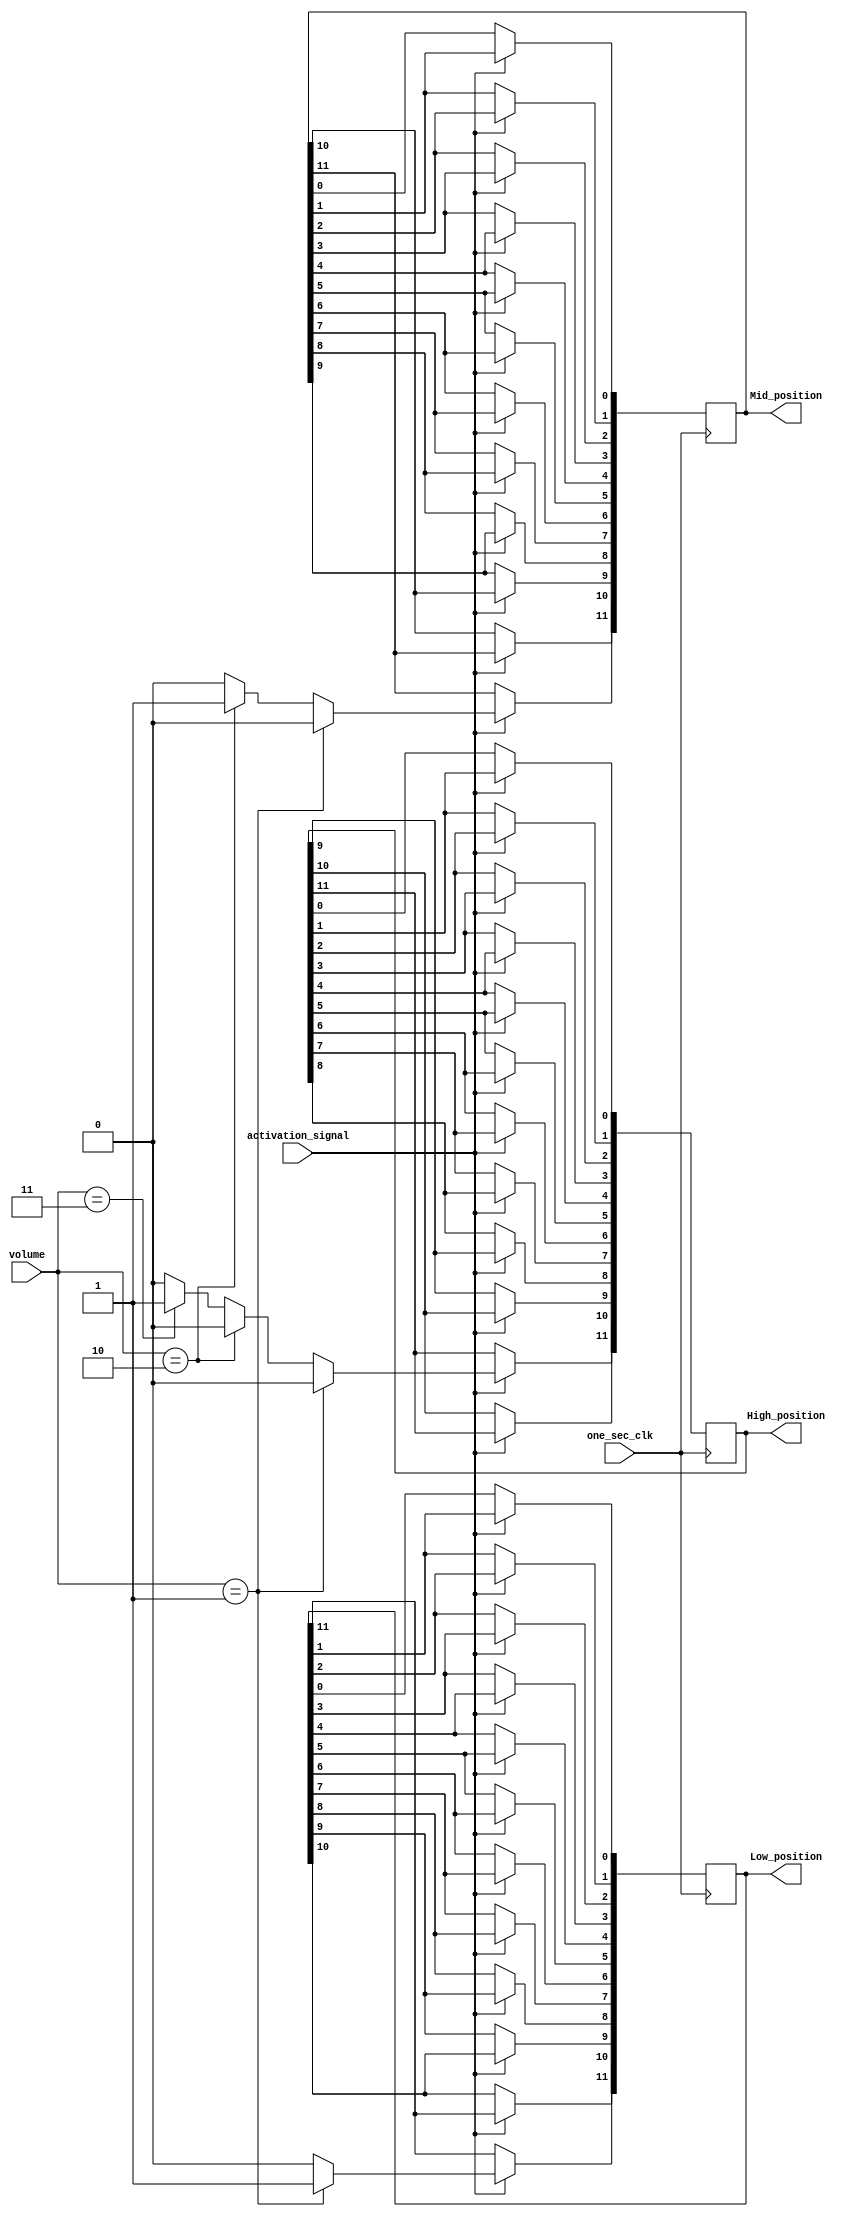
`timescale 1ns / 1ps
//////////////////////////////////////////////////////////////////////////////////
// Company: 
// Engineer: 
// 
// Design Name: 
// Module Name: game_best_logic
// Project Name: 
// Target Devices: 
// Tool Versions: 
// Description: 
// 
// Dependencies: 
// 
// Revision:
// Revision 0.01 - File Created
// Additional Comments:
// 
//////////////////////////////////////////////////////////////////////////////////


module game_best_logic(
    input one_sec_clk,
    input activation_signal,
    input [5:0] volume,
    output reg [11:0] High_position,
    output reg [11:0] Mid_position ,
    output reg [11:0] Low_position
    );
    integer x;
    
    initial begin
    High_position  = 0;
    Mid_position = 0;
    Low_position = 0;
    end
    
    always @(posedge one_sec_clk)
    begin 
   if(activation_signal == 1)
   begin
            //shift all the positions by 1.
           for(x = 11; x >= 1 ; x = x - 1)
            begin
                High_position[x-1] <= High_position[x];
                Mid_position[x-1] <= Mid_position[x];
                Low_position[x-1] <= Low_position[x];
            end
            
            // update the first /rightmost position.
            if (volume == 1)
            begin
                High_position[11] <= 0;
                Mid_position[11] <= 0;
                Low_position[11] <= 1;
            end
            else if (volume == 2)
            begin
                High_position[11] <= 0;
                Mid_position[11] <=1;
                Low_position[11] <=0;
            end
            else if (volume == 3)
            begin
                 High_position[11] <= 1;
                 Mid_position[11] <= 0;
                 Low_position[11] <=0;
            end 
            else
            begin
                  High_position[11] <= 0;
                  Mid_position[11] <= 0;
                Low_position[11] <=0;
            end  
        end
    end
    
endmodule